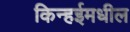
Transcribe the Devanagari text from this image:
किन्हईमधील